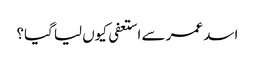
اسد عمر سے استعفی کیوں لیا گیا؟